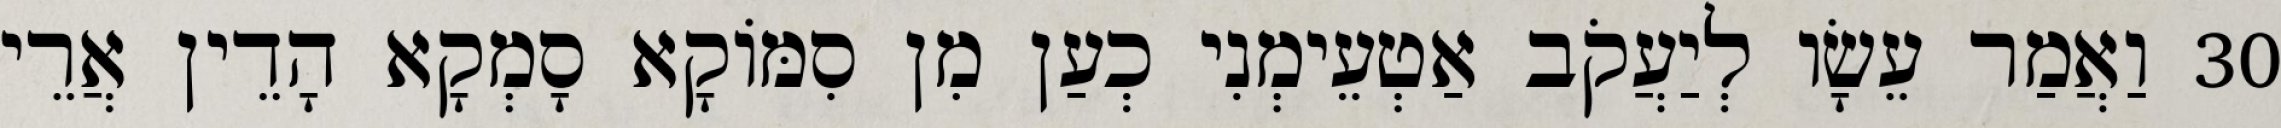
30 וַאֲמַר עֵשָׂו לְיַעֲקֹב אַטְעֵימְנִי כְעַן מִן סִמּוֹקָא סָמְקָא הָדֵין אֲרֵי